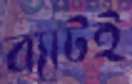
ব্যাটই